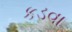
કડવા